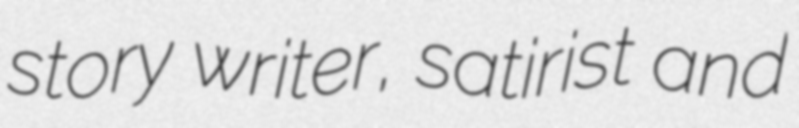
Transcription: story writer, satirist and